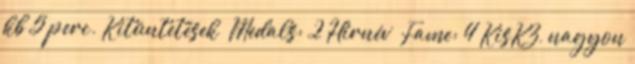
kb 5 perc. Kitüntetések Medals: 2 Hírnév Fame: 4 KisKZ, nagyon